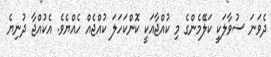
ދެވަނަ ސުވާލަކީ ކަލޭމެންގެ މި ކުއްޖާއަކީ ކޮންކަހަލަ ކުއްޖެއް ހެއްޔެވެ. އެކުއްޖާ ދުނިޔެ